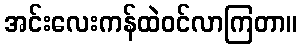
အင်းလေးကန်ထဲဝင်လာကြတာ။